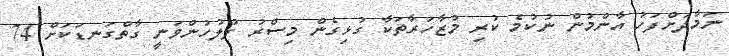
ނަމާދަށްފަހު އާންމުން ނުކުމެ ކުރި މުޒާހަރާތަކާ ގުޅިގެން މިސްރު ފުލުހުންވަނީ ގާތްގަނޑަކަށް 74